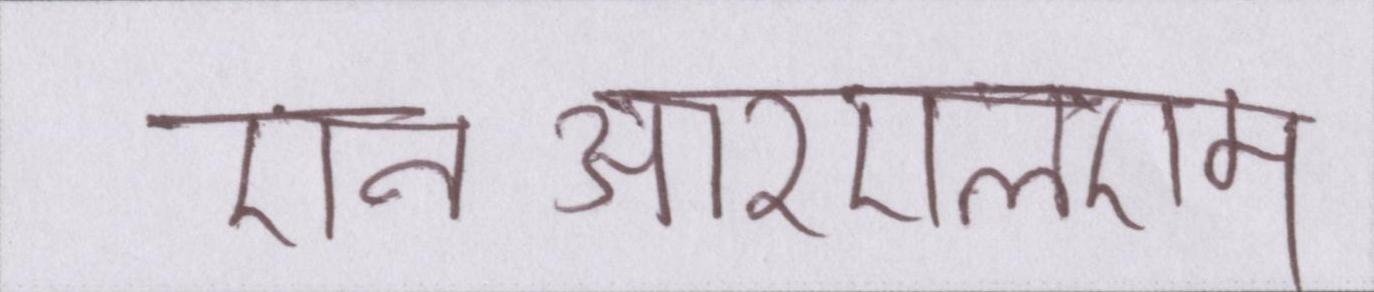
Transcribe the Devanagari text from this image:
एनआरएलएम